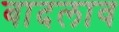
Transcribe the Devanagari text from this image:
बादलाव